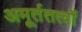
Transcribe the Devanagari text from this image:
अमूर्ततत्वों